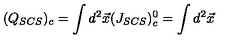
( Q _ { S C S } ) _ { c } = \int d ^ { 2 } \vec { x } ( J _ { S C S } ) _ { c } ^ { 0 } = \int d ^ { 2 } \vec { x }